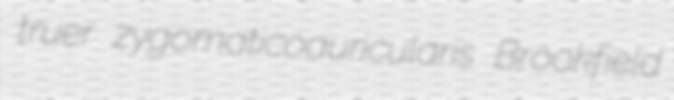
truer zygomaticoauricularis Brookfield